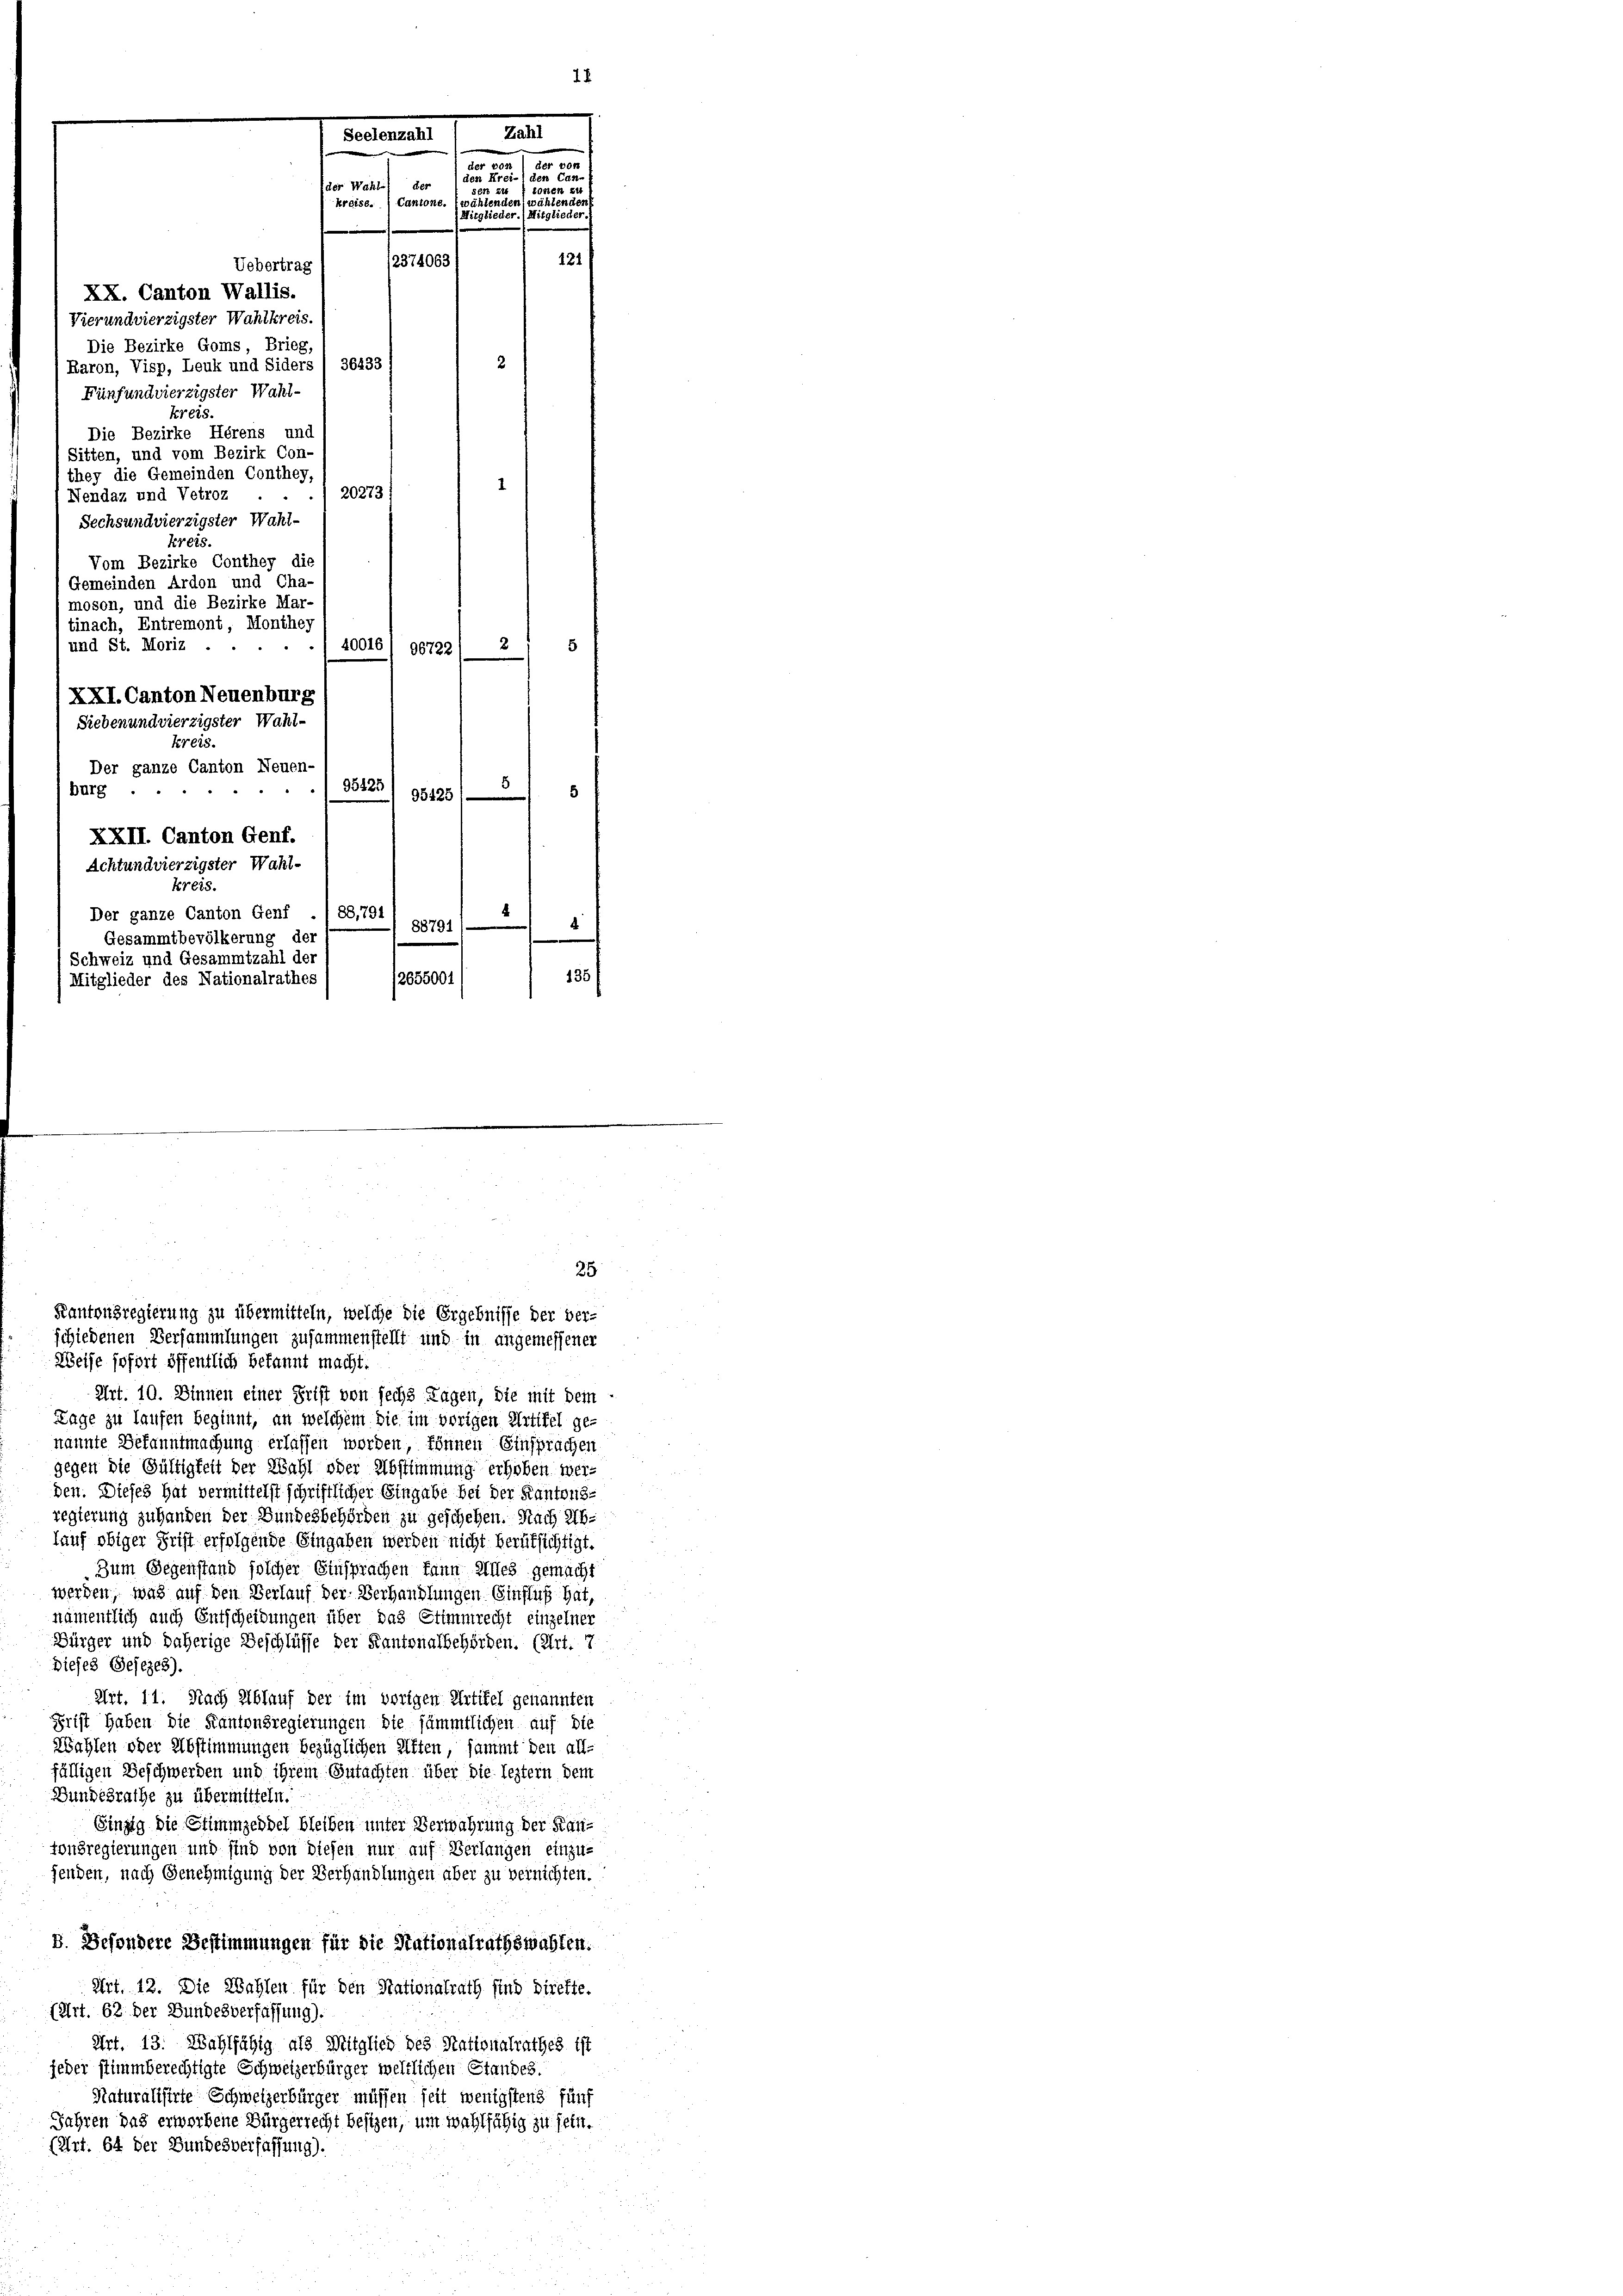
Uebertrag
XX. Canton Wallis.
Vierundvierzigster Wahlkreis.
Die Bezirke Goms, Brieg
Raron, Visp, Leuk und Siders / 36233
Fünfundvierzigster Wahlkreis.
Die Bezirke Hörens und
Sitten, und vom Bezirk Con-
they die Gemeinden Conthey
20273
Nendaz und Vetroz
Sechsundvierzigster Wahl-
Kreis.
Vom Bezirke Conthey die
Gemeinden Ardon und Cha-
moson, und die Bezirke Mar-
tinach, Entremont, Monthey
und St. Moriz
2
40016/ 96722
XXI. Canton Neuenburg
Siebenundvierzigster Wahl-
Kreis.
Der ganze Canton Neuen-
burg .
38123/ 18125)
5
XXII. Canton Genf.
Achtundvierzigster Wahl-
kreis.
88,791
Der ganze Canton Genf
88791
e
Gesammtbevölkerung der
Schweiz und Gesammtzahl der
265500 f
135/
Mitglieder des Nationalrathes

Zahl
Seelenzahl
der ve
der v.
1 den Can.
1
ier Wahl der
torten:
kreise.) Cantone, wählenden
ähtende
(Mitglieder.
Mitglied
121
12374063

Kantonsregierung zu übermitteln, welche die Ergebnisse der ver-
Weise sofort öffentlich bekannt macht.
Art. 10. Dinnen einer Frist von sechs Tagen, die mit dem
Lage zu laufen beginnt, an welchem die im vorigen Artikel ge-
nannte Bekanntmachung erlassen worden, können Einsprachen
gegen die Gültigkeit der Wahl oder Abstimmung erhoben werden. Dieses hat vermittelst schriftlicher Eingabe bei der Kantons-
regierung zu handen der Bundesbehörden zu geschehen. Nach Ab-
lauf obiger Frist erfolgende Eingaben werden nicht berüksichtigt.
Zum Gegenstand solcher Einsprachen kann Alles gemacht
werden, was auf den Verlauf der Verhandlungen. Einfluß hat,
nämentlich auch Entscheidungen über das Stimmrecht einzelner
Bürger und daherige Beschlüsse der Kantonalbehörden. (Art. 7
Dieses Gesezes).
Art. 11. Nach Ablauf der im vorigen Artikel genannten
Frist haben die Kantonsregierungen die sämmtlichen auf die
Wahlen oder Abstimmungen bezüglichen Alten, sammt den all-
fälligen Beschwerden und ihrem Gutachten über die leztern dem
Bundesrathe zu übermitteln.
Einzig die Stimmzeddel bleiben unter Verwahrung der Kantonsregierungen und sind von diesen nur auf Verlangen einzu-
fenden, nach Genehmigung der Verhandlungen aber zu vernichten.
D. Besondere Bestimmungen für die Stationalrathswahlen.
Art. 12. Die Wahlen für den Stationalrath sind direkte.
(Art. 62 der Bundesverfassung).
Art. 13. Wahlfähig als Mitglied des Nationalrathes ist
jeder stimmberechtigte Schweizerbürger weltlichen Standes.
Naturalisirte Schweizerbürger müssen seit wenigstens fünf
Jahren das erworbene Bürgerrecht besizen, um wahlfähig zu sein.
(Art. 64 der Bundesverfassung).

25
schiedenen Versammlungen zusammenstellt und in angemessener